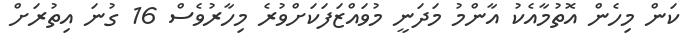
ކަން މިހެން އޮތުމާއެކު އާންމު މަދަނީ މުވައްޒަފަކަށްވުރެ މިހާރުވެސް 16 ގުނަ އިތުރަށް